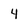
Character: 4